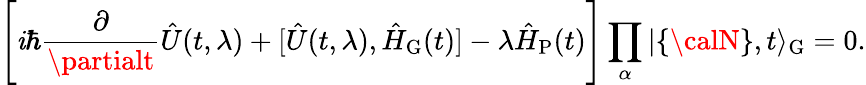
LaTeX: \Biggl[\mathit{i}\hbar\frac{{\partial}}{{\partialt}}\hat{{U}}(t,\lambda)+[\hat{{U}}(t,\lambda),\hat{{H}}_{\mathrm{{G}}}(t)]-\lambda\hat{{H}}_{\mathrm{{P}}}(t)\Biggr]\prod_{\alpha}\vert\{ {\calN}\} ,t\rangle_{\mathrm{{G}}}=0.